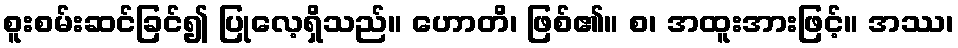
စူးစမ်းဆင်ခြင်၍ ပြုလေ့ရှိသည်။ ဟောတိ၊ ဖြစ်၏။ စ၊ အထူးအားဖြင့်။ အဿ၊